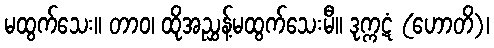
မထွက်သေး။ တာဝ၊ ထိုအညွှန့်မထွက်သေးမီ။ ဒုက္ကဋံ (ဟောတိ)၊